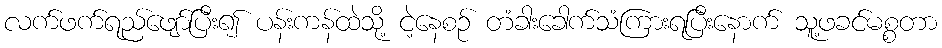
လက်ဖက်ရည်ဖျော်ပြီး၍ ပန်းကန်ထဲသို့ ငဲ့နေစဉ် တံခါးခေါက်သံကြားရပြီးနောက် သူ့ဖခင်မစ္စတာ